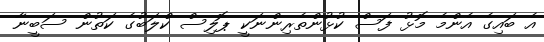
އެ ބައިގެ އެންމެ މޮޅު ފަސް ކުޅުންތެރިންނަކީ ޕޮލިސް ކްލަބުގެ ކަތުން ސަބީނާ